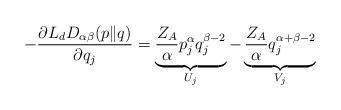
LaTeX: \begin{align*}-\frac{\partial L_{d}D_{\alpha\beta}(p\|q)}{\partial q_{j}}=\underbrace{\frac{Z_{A}}{\alpha}p^{\alpha}_{j}q^{\beta-2}_{j}}_{U_{j}}-\underbrace{\frac{Z_{A}}{\alpha}q^{\alpha+\beta-2}_{j}}_{V_{j}}\end{align*}